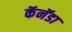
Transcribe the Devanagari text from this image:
कॅनॅडा